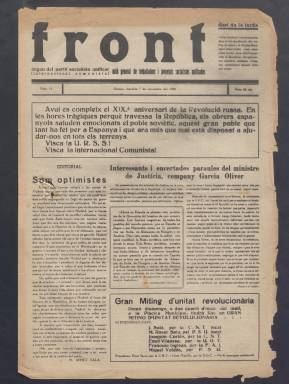
Título: Front (Girona)
Colección: Periódicos
Ámbito geográfico: Gerona
Lugar de publicación: Girona
Fechas: 07/11/1936-14/12/1937